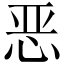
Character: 恶